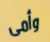
وأمى